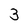
Character: 3